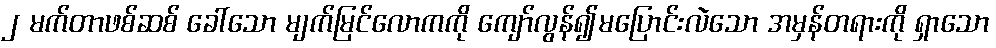
၂ မက်တာဖစ်ဆစ် ခေါ်သော မျက်မြင်လောကကို ကျော်လွန်၍မပြောင်းလဲသော အမှန်တရားကို ရှာသော